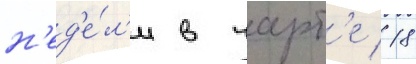
н'ед'е́л'и в чарт'е 18